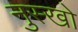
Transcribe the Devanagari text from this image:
नुस्खो